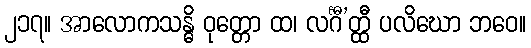
၂၁၇။ အာလောကသန္ဓိ ဝုတ္တော ထ၊ လင်္ဂီ’တ္ထီ ပလိဃော ဘဝေ။